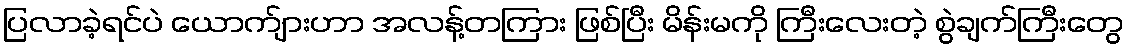
ပြလာခဲ့ရင်ပဲ ယောက်ျားဟာ အလန့်တကြား ဖြစ်ပြီး မိန်းမကို ကြီးလေးတဲ့ စွဲချက်ကြီးတွေ